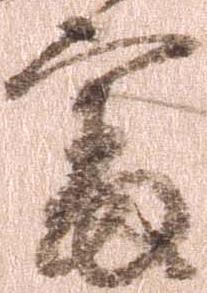
審